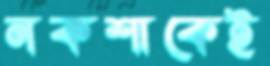
নকশাকেই